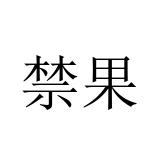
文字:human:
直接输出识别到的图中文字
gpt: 禁果